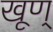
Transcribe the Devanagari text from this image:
खूण्